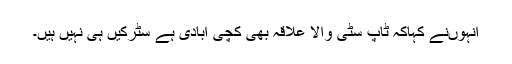
انہوںنے کہاکہ ٹاپ سٹی والا علاقہ بھی کچی آبادی ہے سٹرکیں ہی نہیں ہیں۔